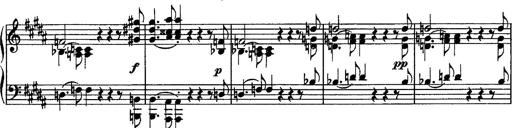
Title: Piano Sonata
Composer: Karl HÃ¤ssler
Key: C major